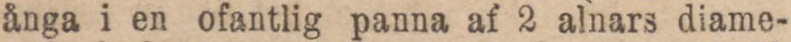
ånga i en ofantlig panna af 2 alnars diame-